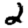
Digit: 2